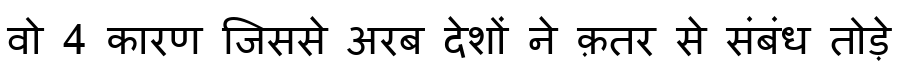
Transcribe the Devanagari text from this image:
वो 4 कारण जिससे अरब देशों ने क़तर से संबंध तोड़े